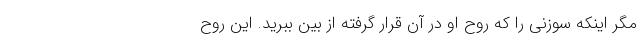
مگر اینکه سوزنی را که روح او در آن قرار گرفته از بین ببرید. این روح